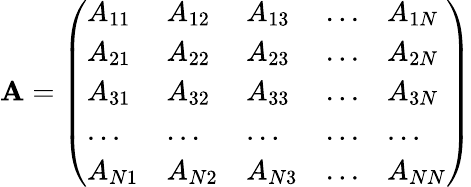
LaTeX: \textbf{A}=\left(\begin{array}{lllll}{A_{11}}&{A_{12}}&{A_{13}}&{...}&{A_{1N}}\\ {A_{21}}&{A_{22}}&{A_{23}}&{...}&{A_{2N}}\\ {A_{31}}&{A_{32}}&{A_{33}}&{...}&{A_{3N}}\\ {...}&{...}&{...}&{...}&{...}\\ {A_{N1}}&{A_{N2}}&{A_{N3}}&{...}&{A_{NN}}\end{array}\right)